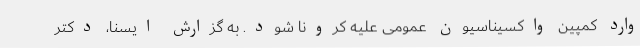
وارد کمپین واکسیناسیون عمومی علیه کرونا شود. به گزارش ایسنا، دکتر